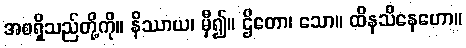
အစရှိသည်တို့ကို။ နိဿာယ၊ မှီ၍။ ဌိတော၊ သော။ ထိနသိနေဟော။